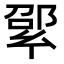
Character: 𢇊